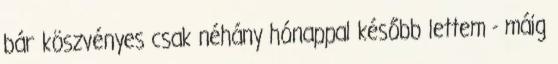
bár köszvényes csak néhány hó­nappal később lettem - máig